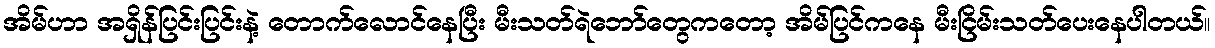
အိမ်ဟာ အရှိန်ပြင်းပြင်းနဲ့ တောက်လောင်နေပြီး မီးသတ်ရဲဘော်တွေကတော့ အိမ်ပြင်ကနေ မီးငြိမ်းသတ်ပေးနေပါတယ်။